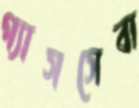
গ্যাসসেবা